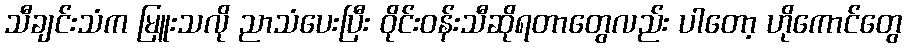
သီချင်းသံက မြူးသလို ညာသံပေးပြီး ဝိုင်းဝန်းသီဆိုရတာတွေလည်း ပါတော့ ဟိုကောင်တွေ